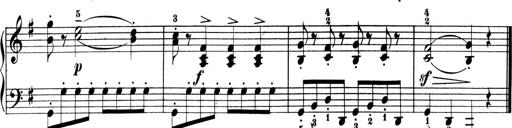
Title: 6 Piano Sonatinas
Composer: Cornelius Gurlitt